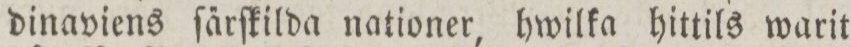
dinaviens ſa̋rſkilda nationer, hwilka hittils warit